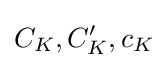
C_{K},C_{K}',c_{K}